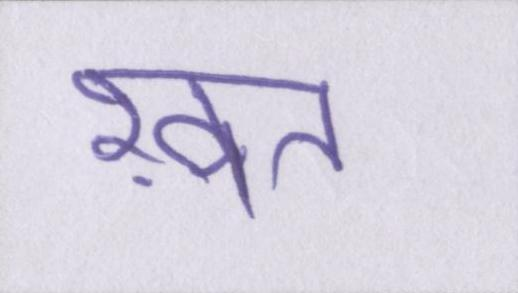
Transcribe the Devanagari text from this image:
ख़त